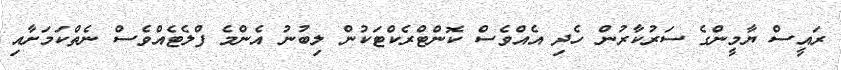
ރައީސް ޔާމީންގެ ސަރުކާރުން ހެދި އެއްވެސް ކޮންޓްރެކްޓަކުން ލިބުނު އެންމެ ފްލެޓެއްވެސް ނެތްކަމަށާއި